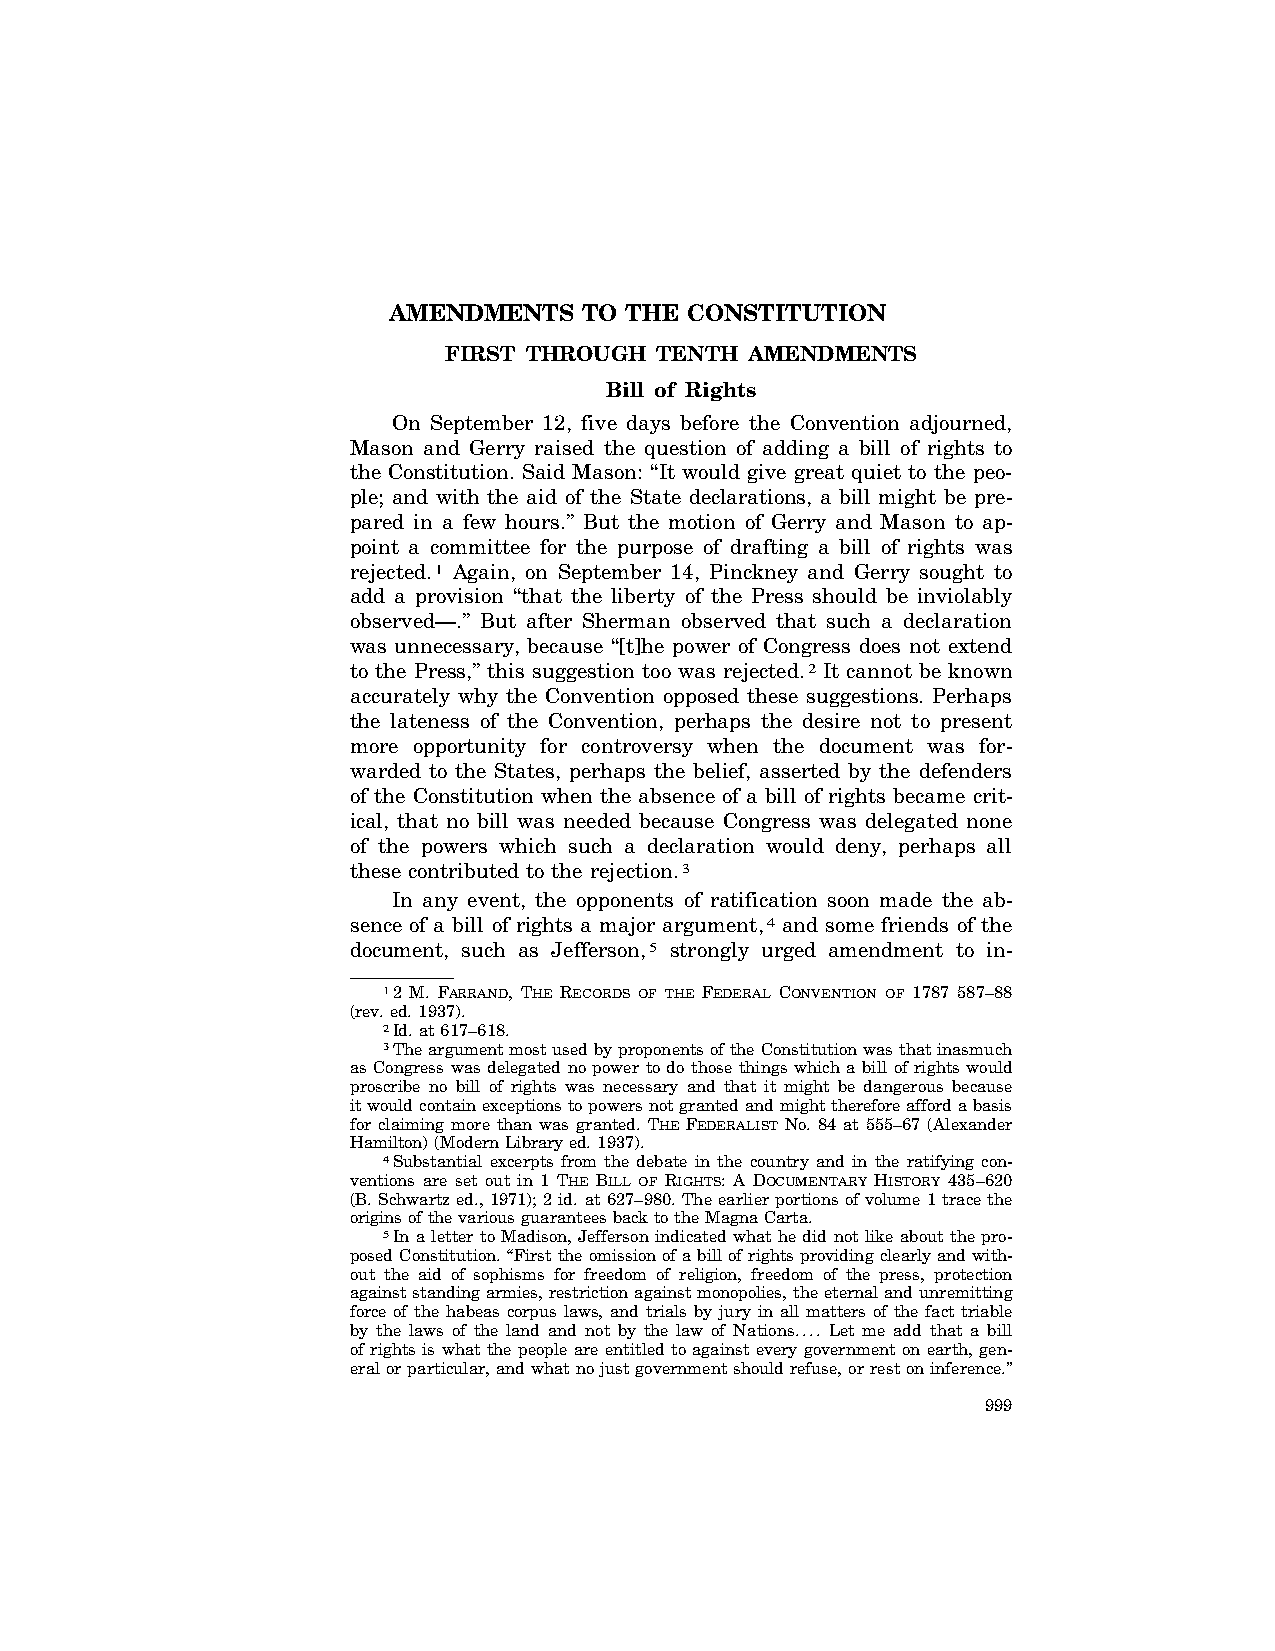
AMENDMENTS   TO THE CONSTITUTION
 FIRST THROUGH TENTH  AMENDMENTS
 Bill of Rights
 On September 12, five days before the Convention adjourned,
 Mason and Gerry raised the question of adding a bill of rights to
 the Constitution. Said Mason: ‘‘It would give great quiet to the peo-
 ple; and with the aid of the State declarations, a bill might be pre-
 pared in a few hours.’’ But the motion of Gerry and Mason to ap-
 point a committee for the purpose of drafting a bill of rights was
 rejected.1 Again, on September 14, Pinckney and Gerry sought to
 add a provision ‘‘that the liberty of the Press should be inviolably
 observed—.’’ But after Sherman observed that such a declaration
 was unnecessary, because ‘‘[t]he power of Congress does not extend
 to the Press,’’ this suggestion too was rejected.2 It cannot be known
 accurately why the Convention opposed these suggestions. Perhaps
 the lateness of the Convention, perhaps the desire not to present
 more opportunity for controversy when the document was for-
 warded to the States, perhaps the belief, asserted by the defenders
 of the Constitution when the absence of a bill of rights became crit-
 ical, that no bill was needed because Congress was delegated none
 of the powers which such a declaration would deny, perhaps all
 these contributed to the rejection.3
 In any event, the opponents of ratification soon made the ab-
 sence of a bill of rights a major argument,4 and some friends of the
 document, such as Jefferson,5 strongly urged amendment to in-
 12 M. FARRAND, THE RECORDS OF THE FEDERAL CONVENTION OF 1787 587–88
 (rev. ed. 1937).
 2Id. at 617–618.
 3The argument most used by proponents of the Constitution was that inasmuch
 as Congress was delegated no power to do those things which a bill of rights would
 proscribe no bill of rights was necessary and that it might be dangerous because
 it would contain exceptions to powers not granted and might therefore afford a basis
 for claiming more than was granted. THE FEDERALIST No. 84 at 555–67 (Alexander
 Hamilton) (Modern Library ed. 1937).
 4Substantial excerpts from the debate in the country and in the ratifying con-
 ventions are set out in 1 THE BILL OF RIGHTS: A DOCUMENTARY HISTORY 435–620
 (B. Schwartz ed., 1971); 2 id. at 627–980. The earlier portions of volume 1 trace the
 origins of the various guarantees back to the Magna Carta.
 5In a letter to Madison, Jefferson indicated what he did not like about the pro-
 posed Constitution. ‘‘First the omission of a bill of rights providing clearly and with-
 out the aid of sophisms for freedom of religion, freedom of the press, protection
 against standing armies, restriction against monopolies, the eternal and unremitting
 force of the habeas corpus laws, and trials by jury in all matters of the fact triable
 by the laws of the land and not by the law of Nations.... Let me add that a bill
 of rights is what the people are entitled to against every government on earth, gen-
 eral or particular, and what no just government should refuse, or rest on inference.’’
 999
 VerDate Apr<15>2004 15:03 Jun 18, 2004 Jkt 077500 PO 00000 Frm 00001 Fmt 8222 Sfmt 8222 C:\CONAN\CON022.SGM PRFM99 PsN: CON022